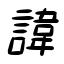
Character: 諱